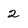
Character: 2